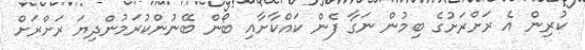
ކުރިން އެ ރަށްރަށުގެ ބިމުން ނަގާ ފެން ކައްކާށާއި ބޯން ބޭނުންކުރަމުންދިޔަ ރަށްރަށް